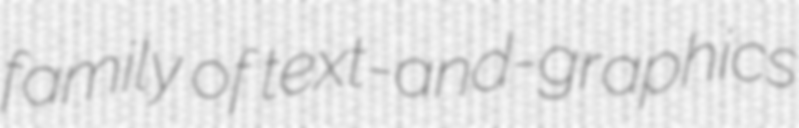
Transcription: family of text-and-graphics